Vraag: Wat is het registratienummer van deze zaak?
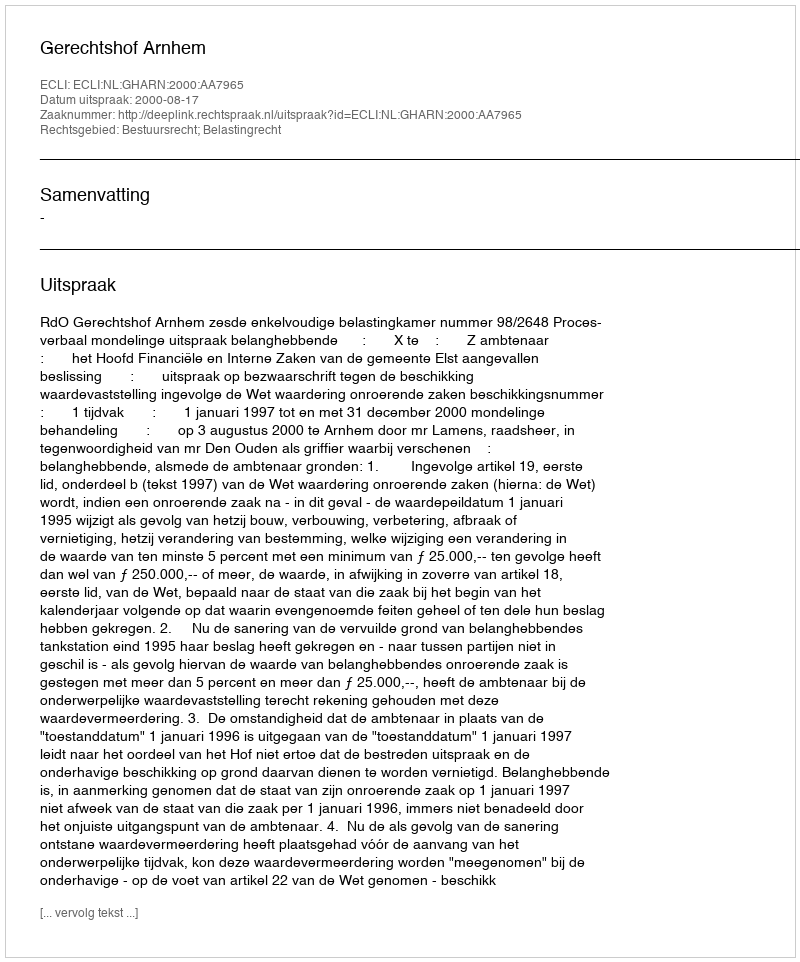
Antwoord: http://deeplink.rechtspraak.nl/uitspraak?id=ECLI:NL:GHARN:2000:AA7965